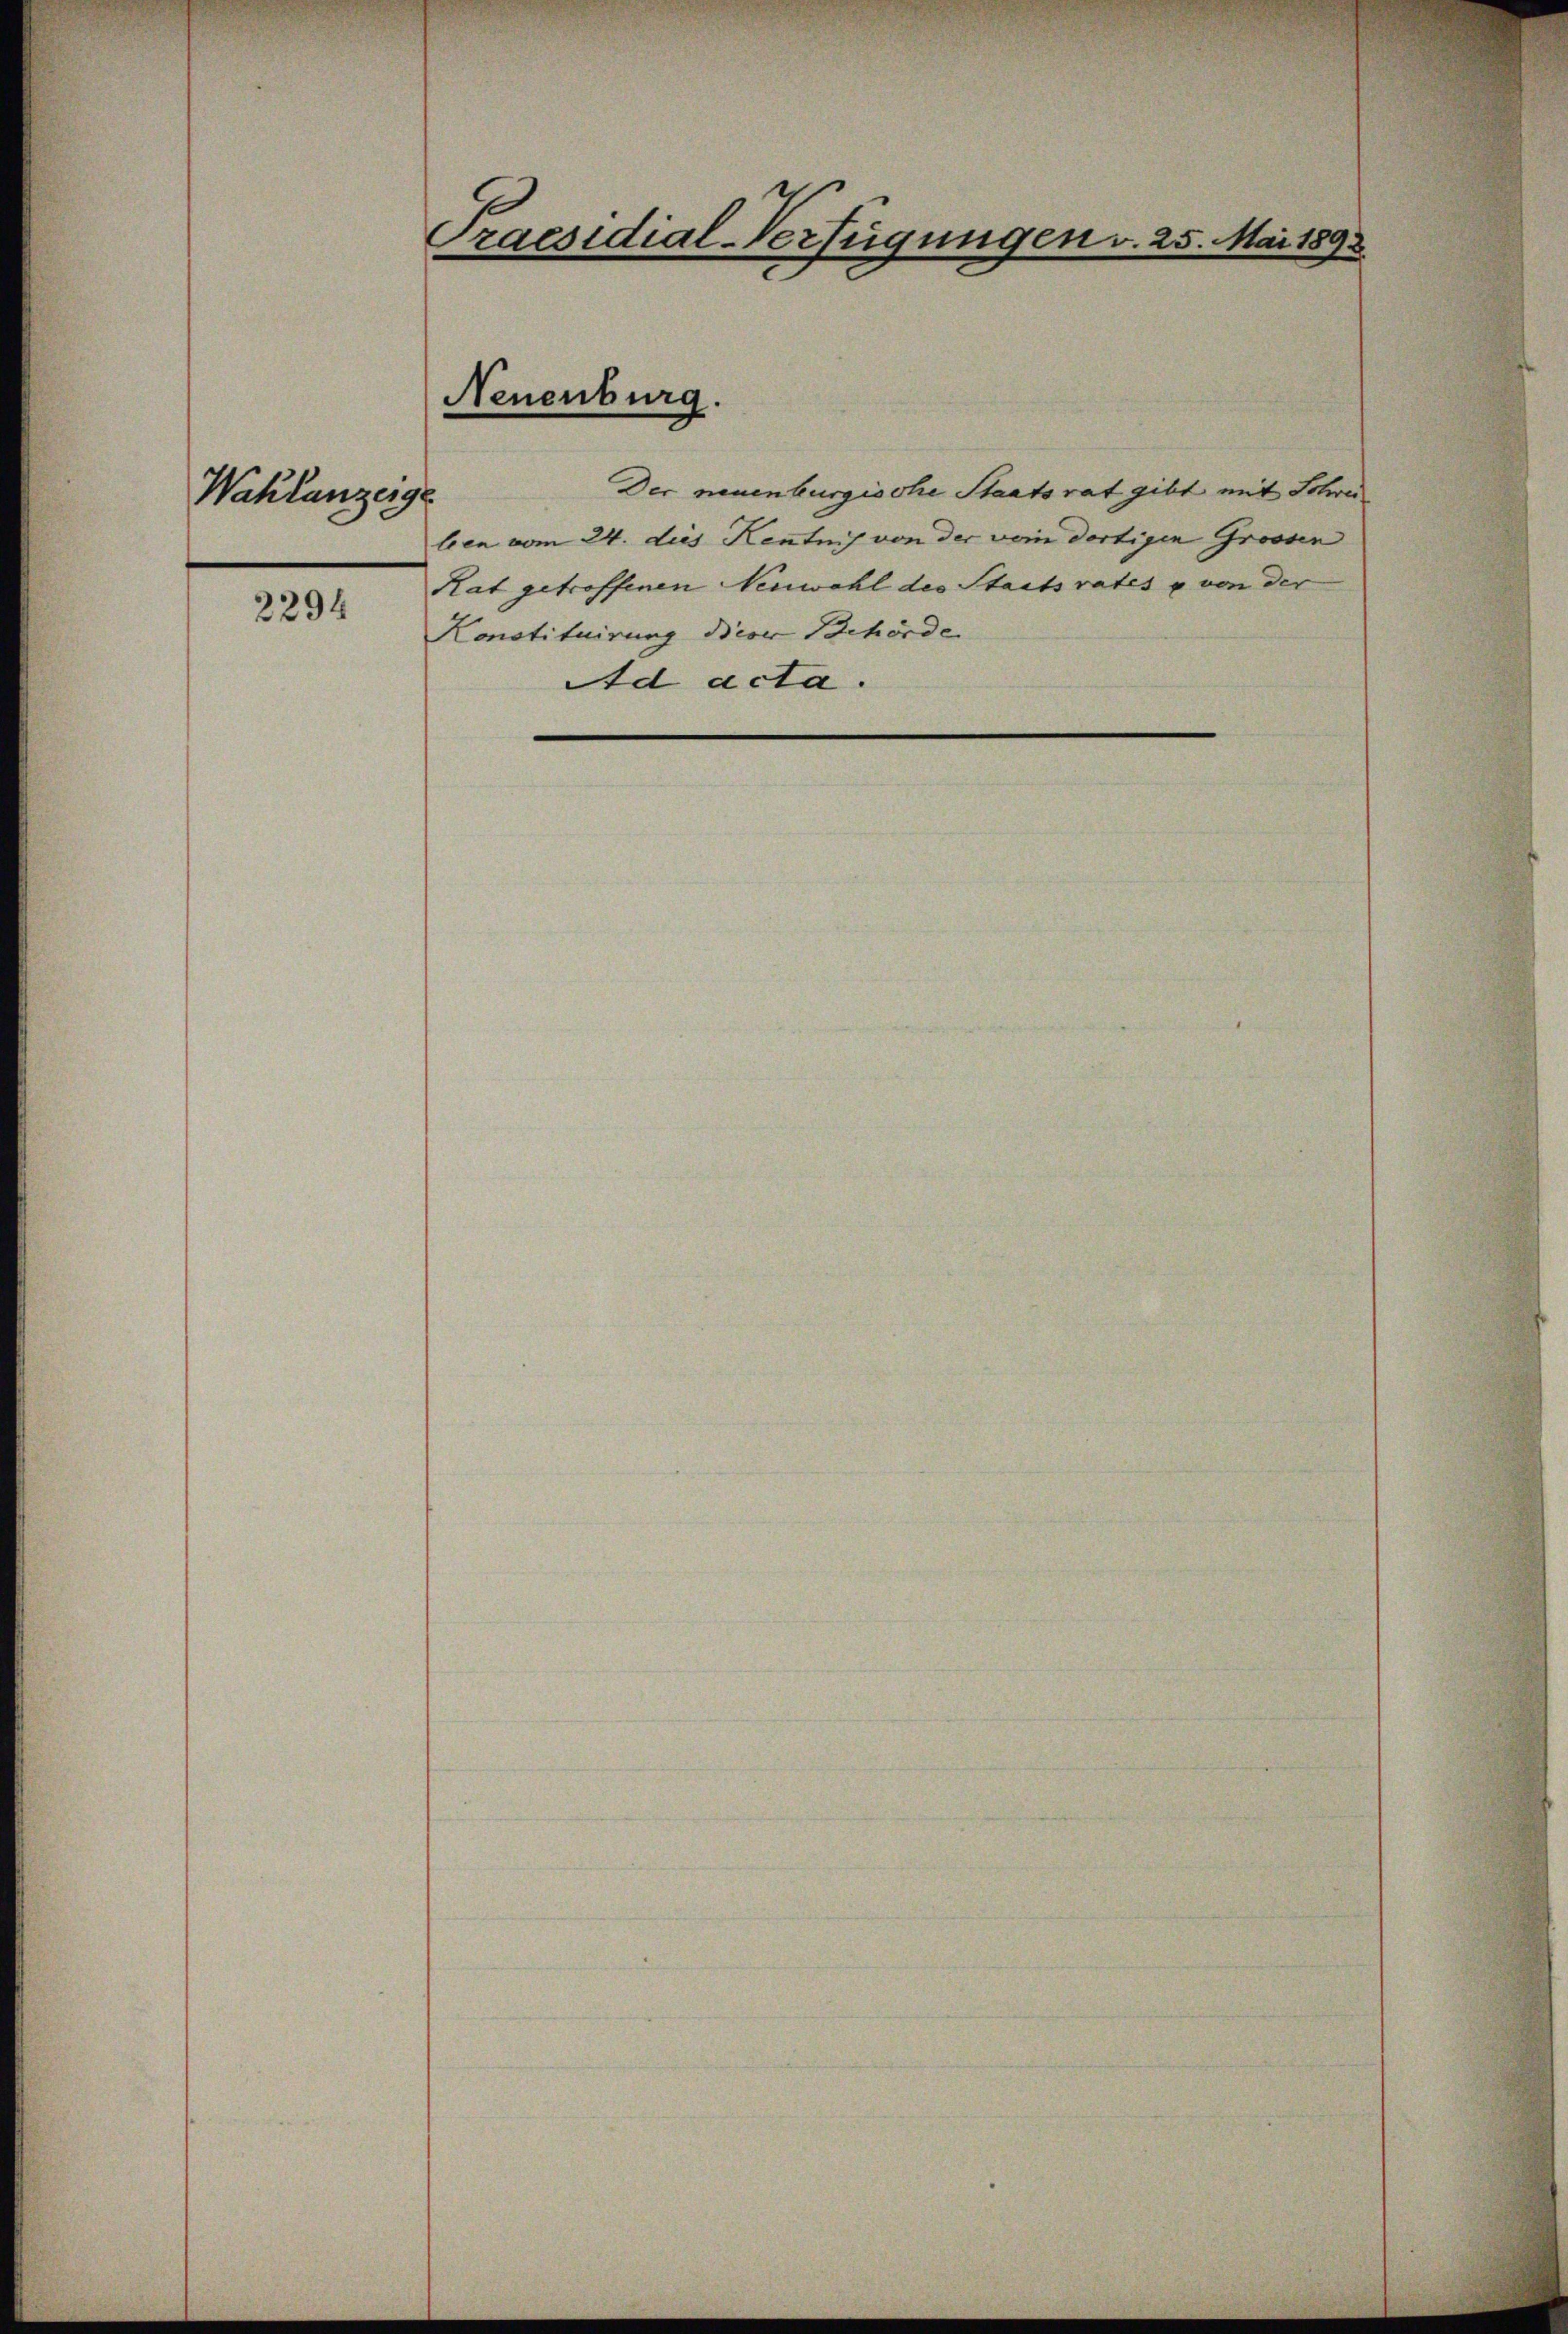
Wahlanzerge

2294

e
igungen v. 25. Mai 1892
Praesidia
2

Neuenburg

Der neuenburgische Staatsrat gibt mit Schre
len vom 24. dies Kentnis von der vom dortigen Grossen
Rat getroffenen Neuwahl des Staatsrates & von der
Konstituirung dieser Behörde
Ad acta.